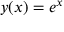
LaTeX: y ( x ) = e ^ { x }